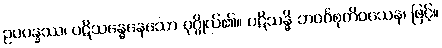
ဥပပန္နဿ၊ ပဋိသန္ဓေနေသော ပုဂ္ဂိုလ်၏။ ပဋိသန္ဓိ ဘဝင်္ဂစုတိဝသေန၊ ဖြင့်။